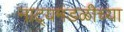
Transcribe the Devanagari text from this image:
नाट्यमंडळीच्या